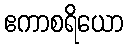
ဧကာစရိယော